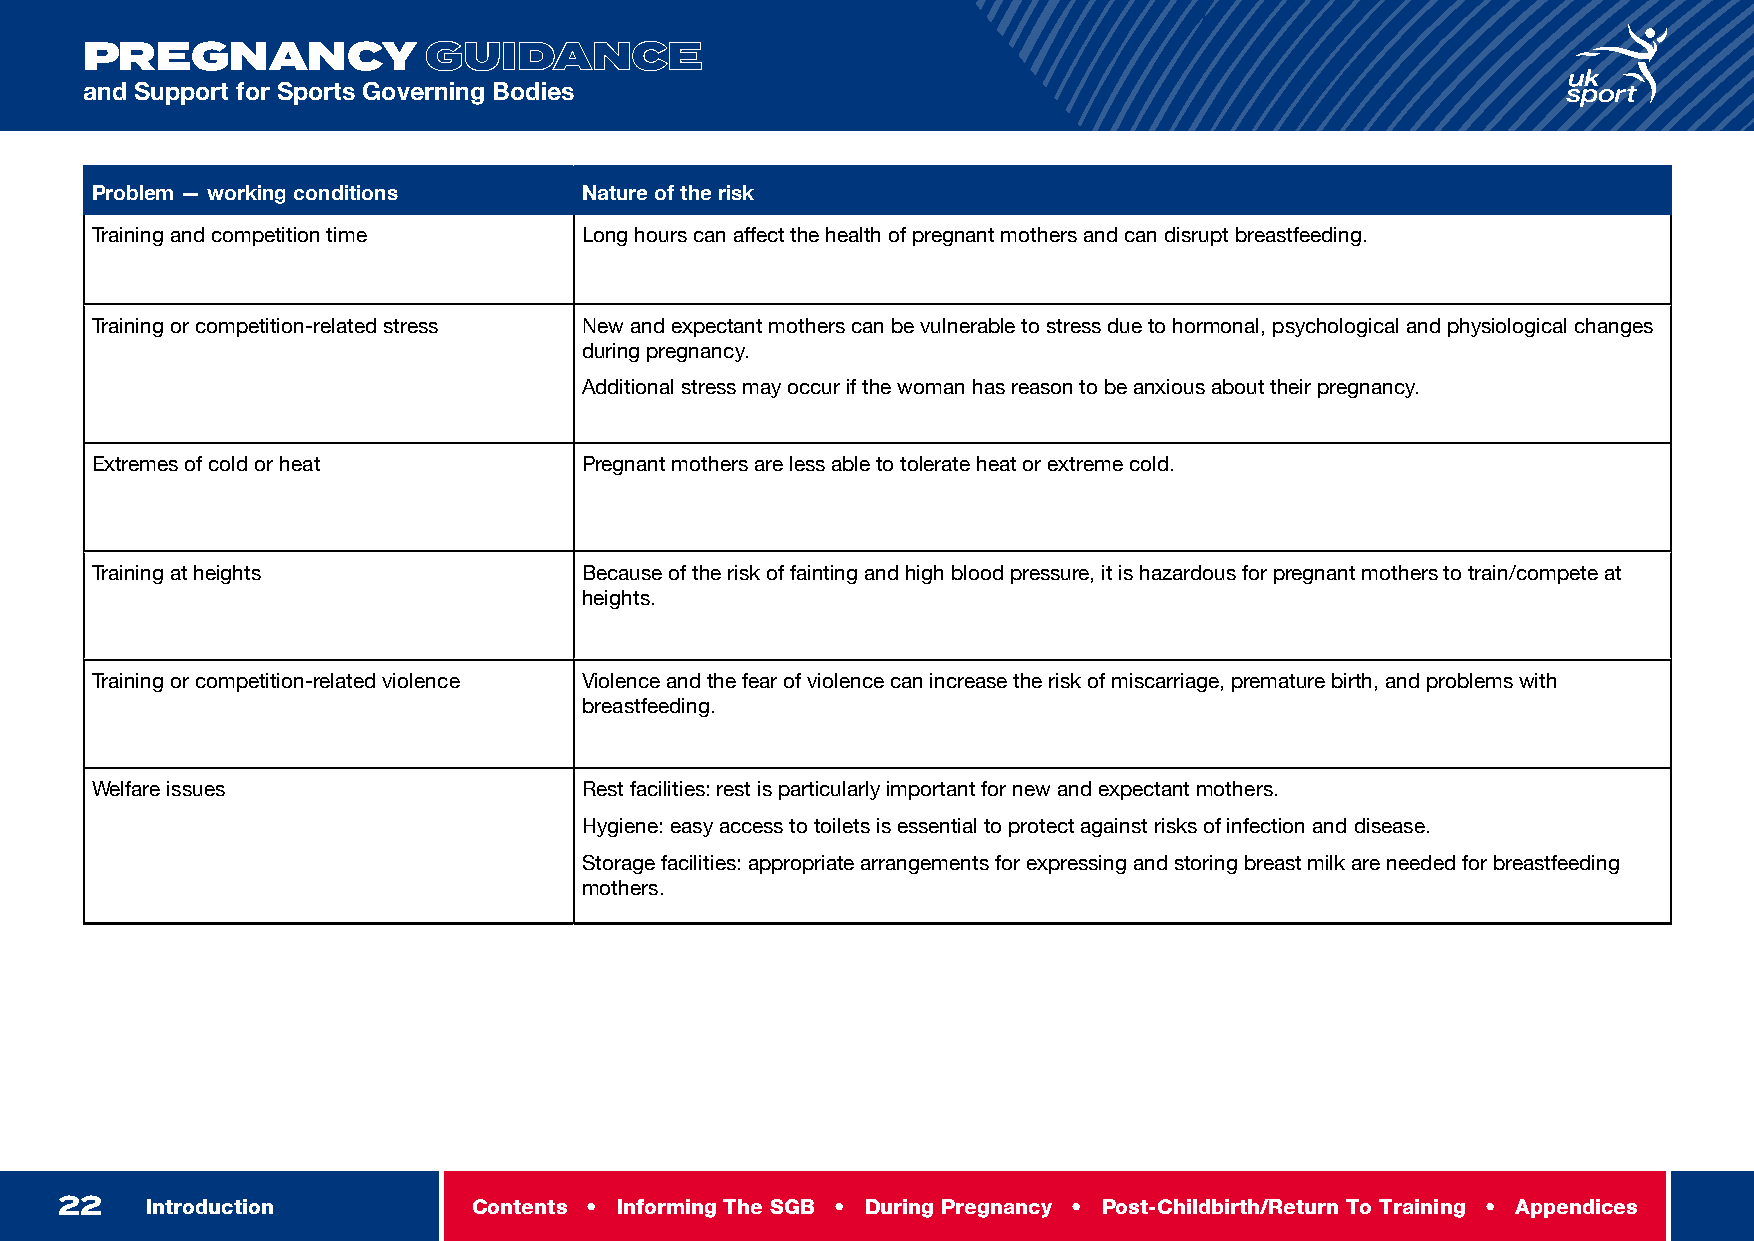
INTRODUCTION
 PREGNANCY              GUIDANCE
 and Support for Sports Governing Bodies
 Problem — working conditions     Nature of the risk
 Training and competition time    Long hours can affect the health of pregnant mothers and can disrupt breastfeeding.
 Training or competition-related stress New and expectant mothers can be vulnerable to stress due to hormonal, psychological and physiological changes
 during pregnancy.
 Additional stress may occur if the woman has reason to be anxious about their pregnancy.
 Extremes of cold or heat         Pregnant mothers are less able to tolerate heat or extreme cold.
 Training at heights              Because of the risk of fainting and high blood pressure, it is hazardous for pregnant mothers to train/compete at
 heights.
 Training or competition-related violence Violence and the fear of violence can increase the risk of miscarriage, premature birth, and problems with
 breastfeeding.
 Welfare issues                   Rest facilities: rest is particularly important for new and expectant mothers.
 Hygiene: easy access to toilets is essential to protect against risks of infection and disease.
 Storage facilities: appropriate arrangements for expressing and storing breast milk are needed for breastfeeding
 mothers.
 22    Introduction         Contents • Informing The SGB • During Pregnancy • Post-Childbirth/Return To Training • Appendices